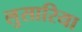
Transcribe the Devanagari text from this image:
लुसारिया